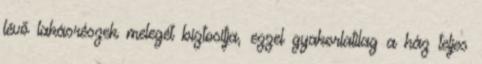
lévő lakásrészek melegét biztosítja, ezzel gyakorlatilag a ház teljes